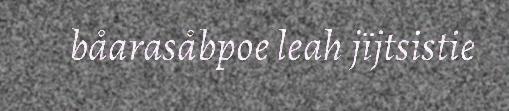
båarasåbpoe leah jïjtsistie